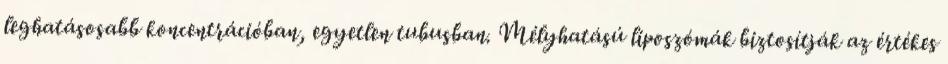
leghatásosabb koncentrációban, egyetlen tubusban. Mélyhatású liposzómák biztosítják az értékes